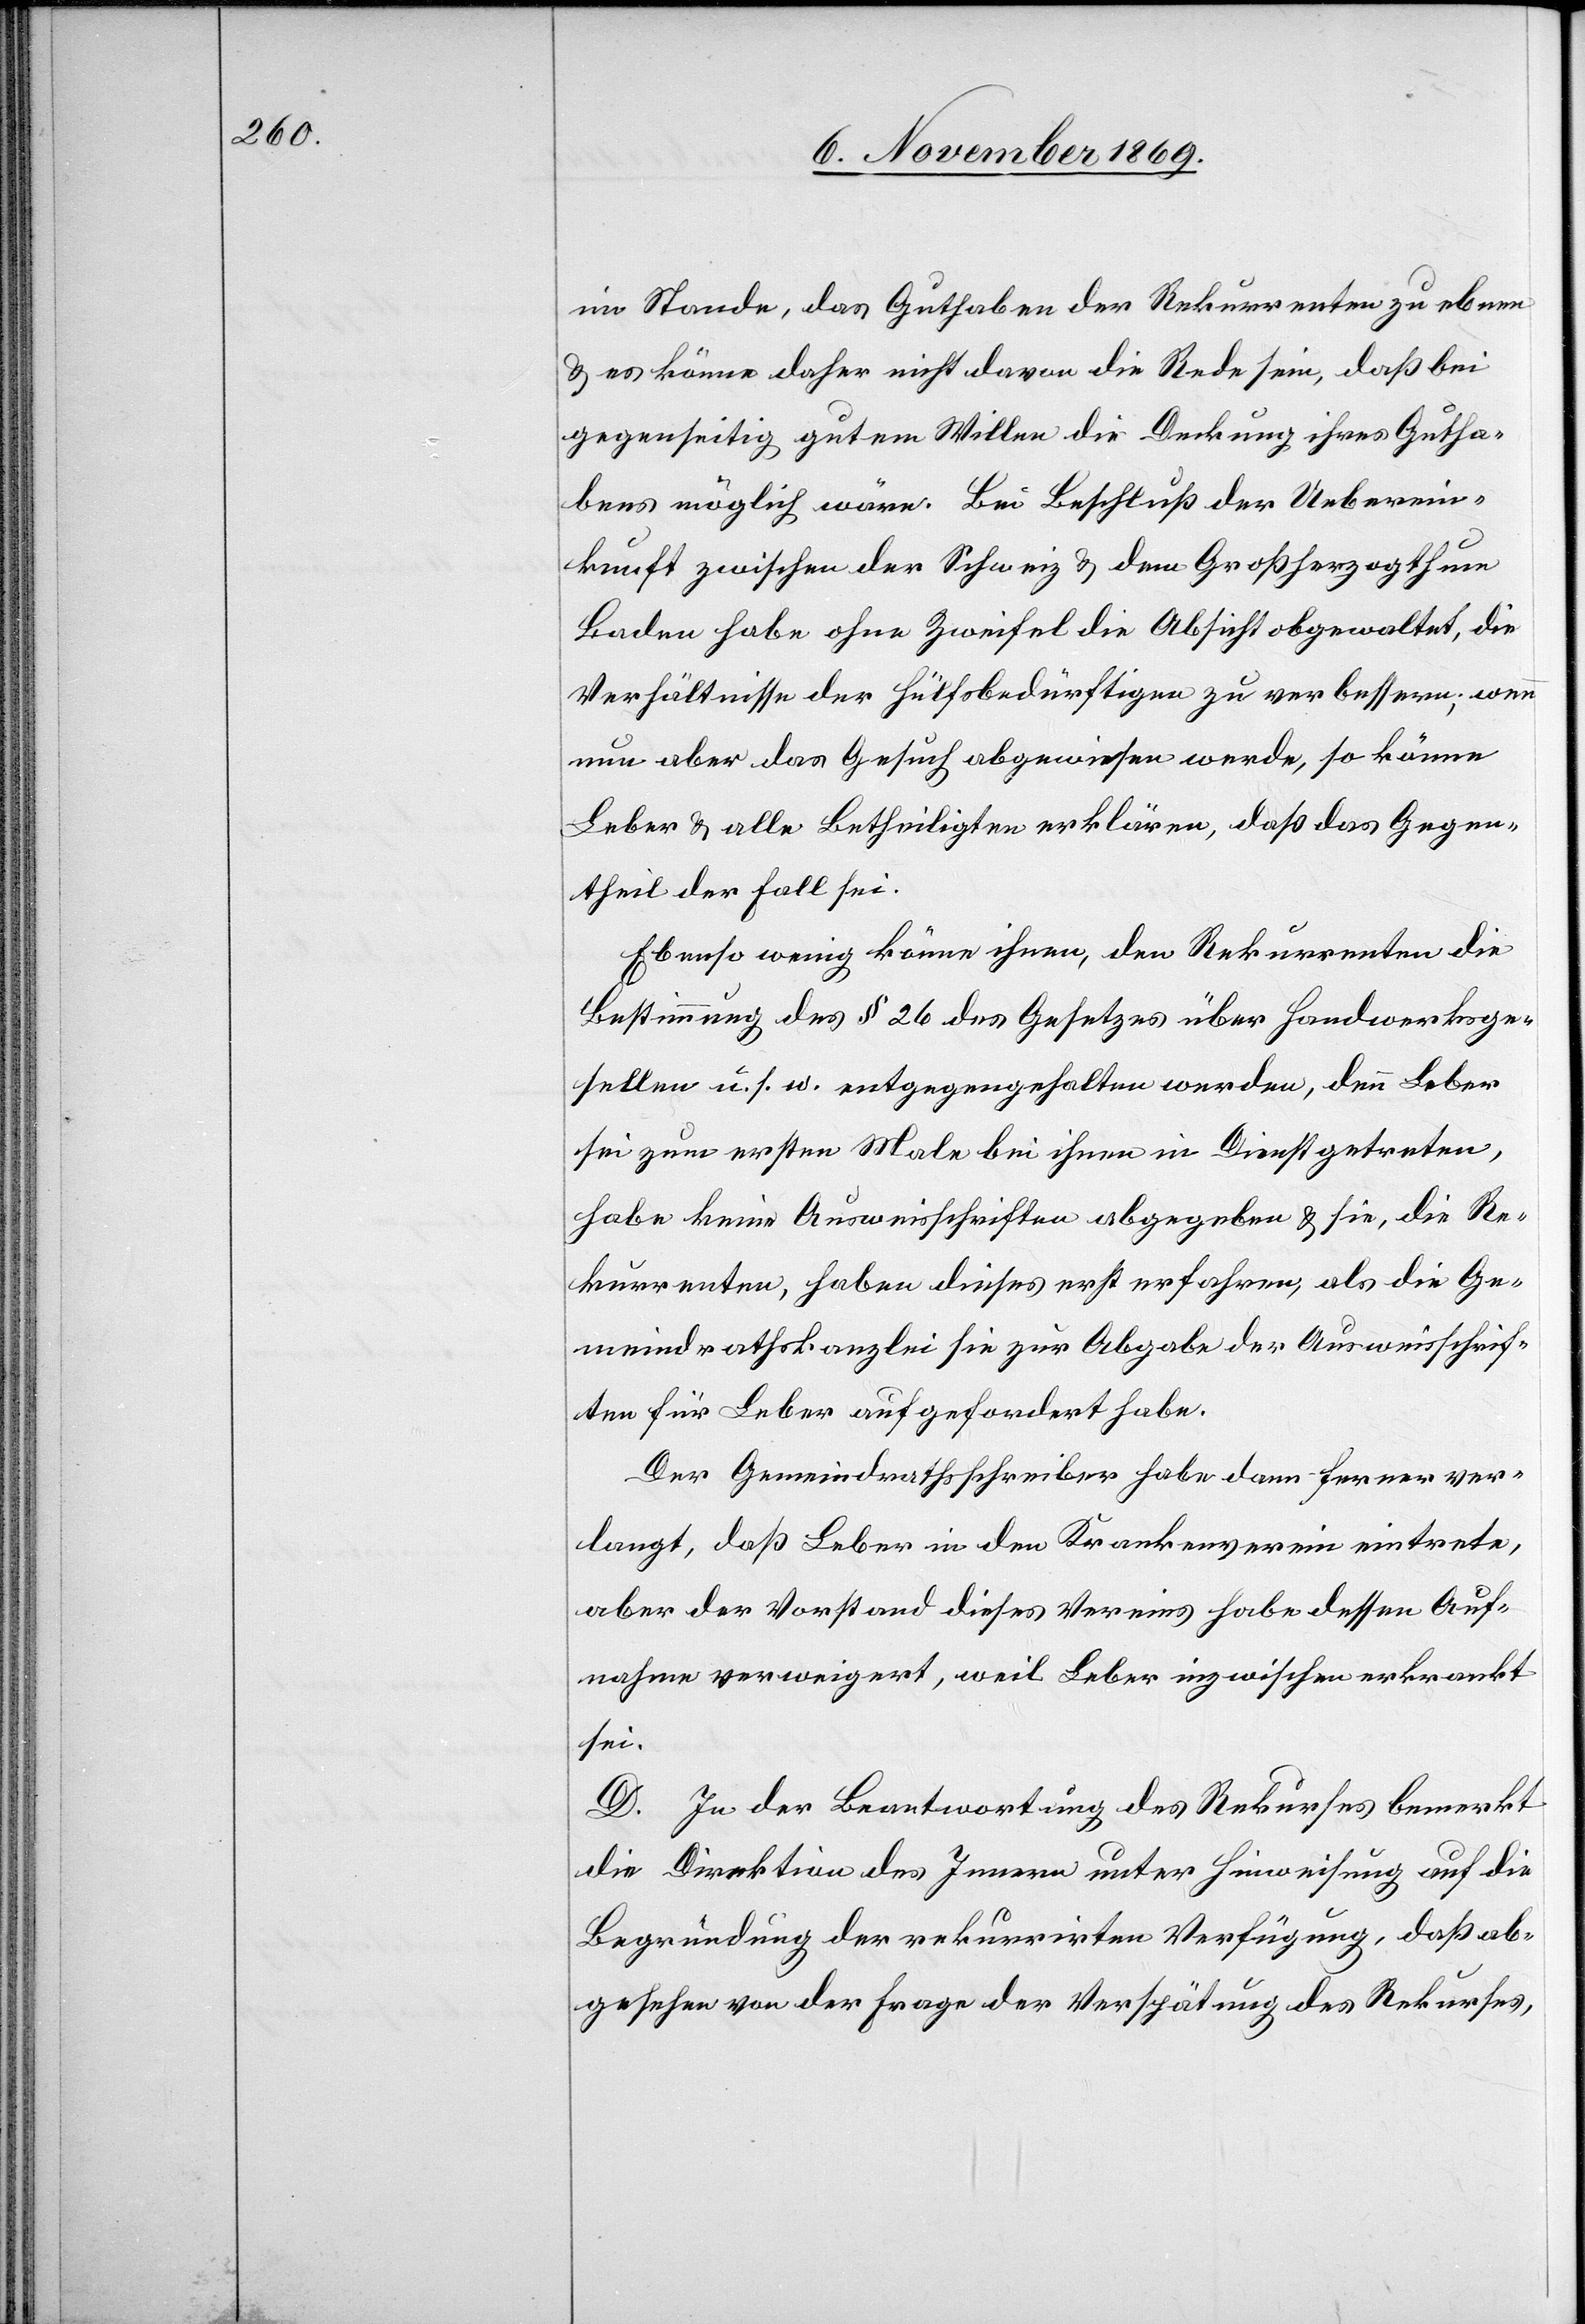
im Stande, das Guthaben der Rekurrenten zu ebnen
& es könne daher nicht davon die Rede sein, daß bei
gegenseitig gutem Willen die Deckung ihres Gutha¬
bens möglich wäre. Bei Beschluß der Ueberein¬
kunft zwischen der Schweiz & dem Großherzogthum
Baden habe ohne Zweifel die Absicht obgewaltet, die
Verhältnisse der Hülfsbedürftigen zu verbessern; wenn
nun aber das Gesuch abgewiesen werde, so könne
Leber & alle Betheiligten erklären, daß das Gegen¬
theil der Fall sei.
Ebenso wenig könne ihnen, den Rekurrenten die
Bestimmung des § 26 des Gesetzes über Handwerksge¬
sellen u. s. w. entgegengehalten werden, denn Leber
sei zum ersten Male bei ihnen in Dienst getreten,
habe keine Ausweisschriften abgegeben & sie, die Re¬
kurrenten, haben dieses erst erfahren, als die Ge¬
meindrathskanzlei sie zur Abgabe der Ausweisschrif¬
ten für Leber aufgefordert habe.
Der Gemeindrathsschreiber habe dann ferner ver¬
langt, daß Leber in den Krankenverein eintrete,
aber der Vorstand dieses Vereins habe dessen Auf¬
nahme verweigert, weil Leber inzwischen erkrankt
sei.
D. In der Beantwortung des Rekurses bemerkt
die Direktion des Innern unter Hinweisung auf die
Begründung der rekurrirten Verfügung, daß ab¬
gesehen von der Frage der Verspätung des Rekurses,